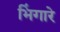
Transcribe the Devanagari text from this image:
भिंगारे